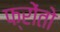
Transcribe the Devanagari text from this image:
फ्रोंतो